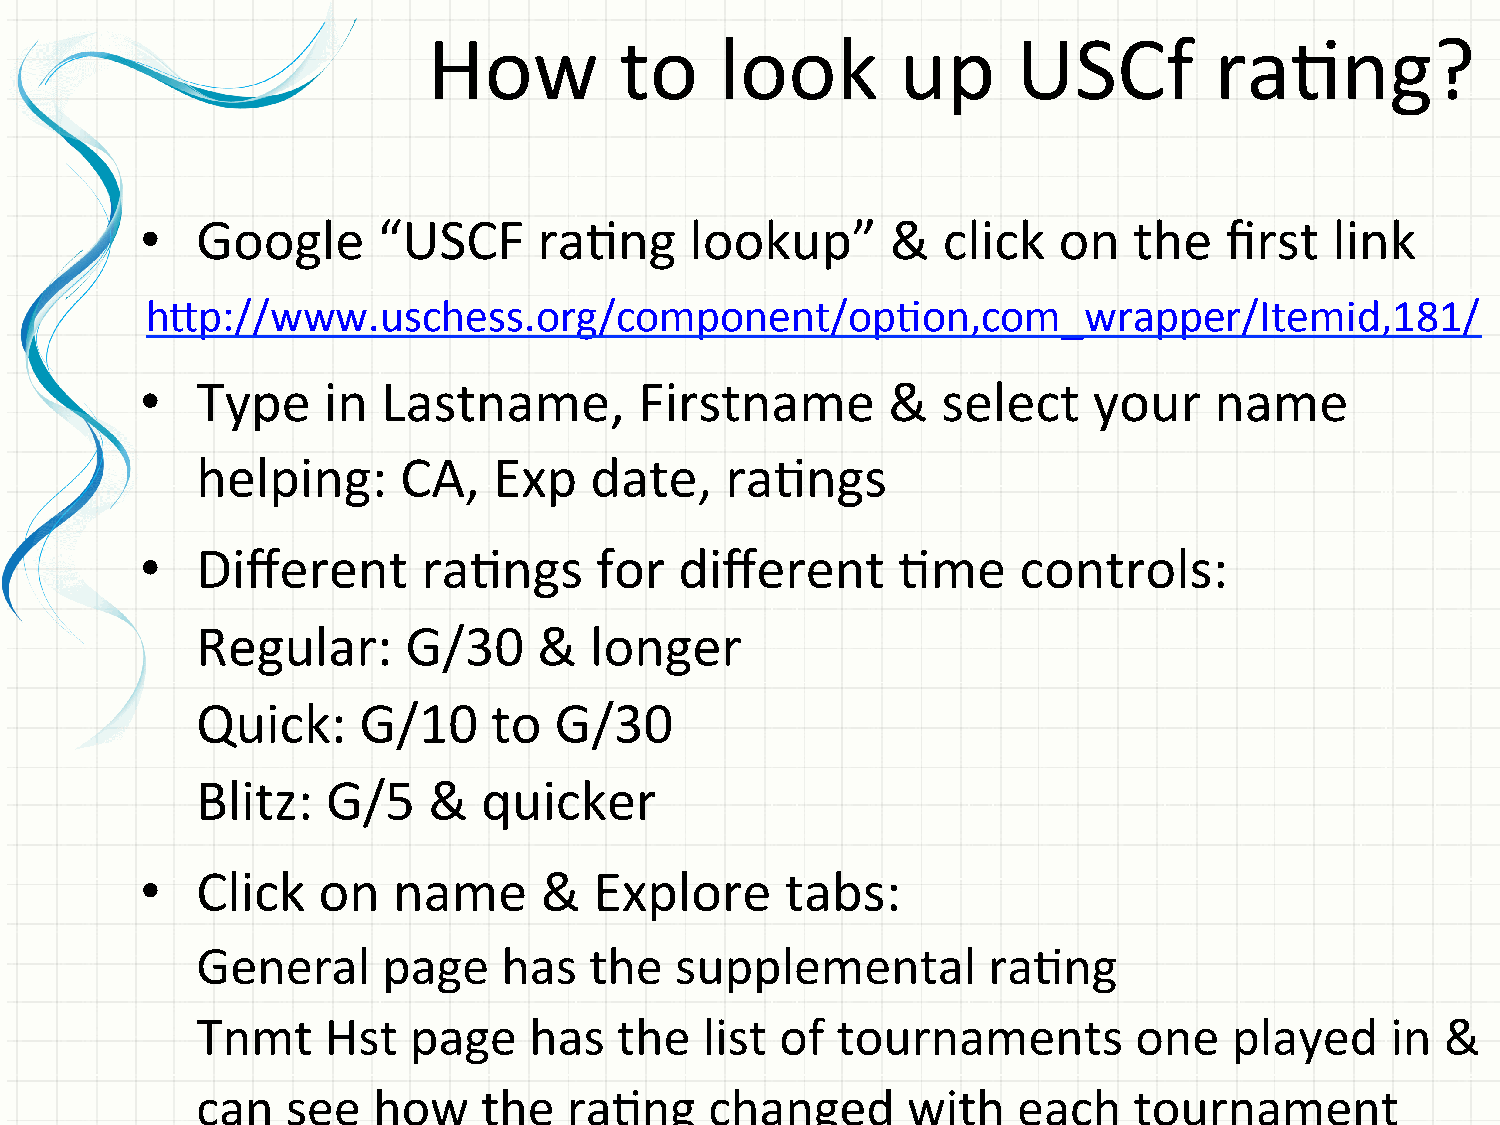
How          to     look        up     USCf         raGng?
 •   Google      “USCF      raGng     lookup”      &  click   on   the   first  link
 hfp://www.uschess.org/component/opGon,com_wrapper/Itemid,181/
 •   Type    in  Lastname,        Firstname        &  select    your    name
 helping:     CA,    Exp   date,    raGngs
 •   Different      raGngs     for   different     Gme     controls:
 Regular:      G/30     &  longer
 Quick:     G/10     to  G/30
 Blitz:   G/5   &   quicker
 •   Click   on   name      &  Explore      tabs:
 General     page    has   the   supplemental        raGng
 Tnmt     Hst  page    has   the   list of tournaments         one    played    in  &
 can   see   how    the   raGng    changed      with   each    tournament